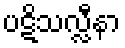
ပဋိသလ္လီနာ